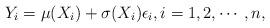
LaTeX: \begin{align*}Y_i=\mu(X_i)+\sigma(X_i)\epsilon_i, i=1,2,\cdots,n,\end{align*}